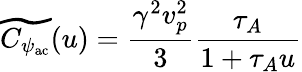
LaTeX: \widetilde{C_{\psi_{\mathrm{ac}}}}(u)=\frac{\gamma^{2}v_{p}^{2}}{3}\frac{\tau_{A}}{1+\tau_{A}u}